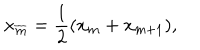
LaTeX: x _ { \overline { { m } } } = { \frac { 1 } { 2 } } ( x _ { m } + x _ { m + 1 } ) ,